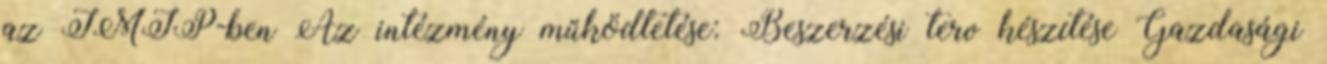
az IMIP-ben Az intézmény működtetése: Beszerzési terv készítése Gazdasági